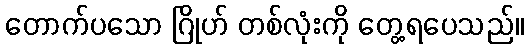
တောက်ပသော ဂြိုဟ် တစ်လုံးကို တွေ့ရပေသည်။